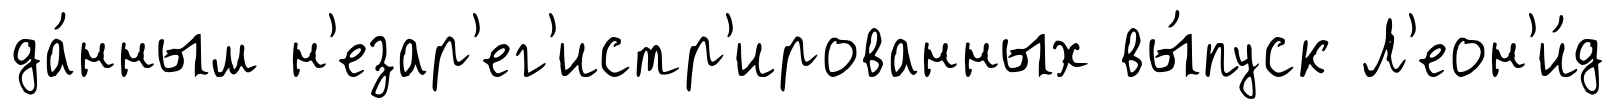
да́нным н'езар'ег'истр'ированных вы́пуск Л'еон'и́д